Document type: Sale
Year: 1461
Scribe: [Unknown]
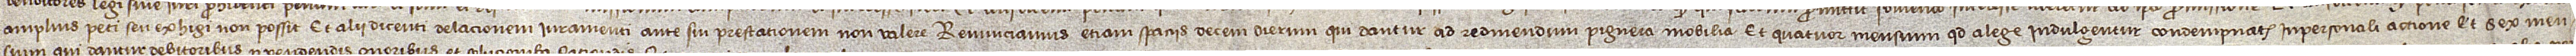
amplius peti seu exhigi non possit, et alii dicenti delacionem iuramenti ante sui prestationem non valere. Renunciamus etiam spaciis decem dierum qui dantur ad redimendum pignera mobilia, et quatuor mensium quod alege indulgentur condempnatis inpersonali actione, et sex men-